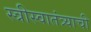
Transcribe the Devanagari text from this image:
स्त्रीस्वातंत्र्याची